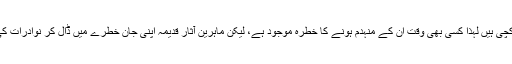
زیر زمین سرنگوں کی دیواریں کچی ہیں لہٰذا کسی بھی وقت ان کے منہدم ہونے کا خطرہ موجود ہے، لیکن ماہرین آثار قدیمہ اپنی جان خطرے میں ڈال کر نوادرات کی تلاش جاری رکھے ہوئے ہے۔